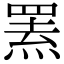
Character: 罴